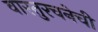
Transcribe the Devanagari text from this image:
वास्तुरचनेची